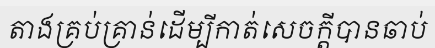
តាងគ្រប់គ្រាន់ដើម្បីកាត់សេចក្តីបានឆាប់